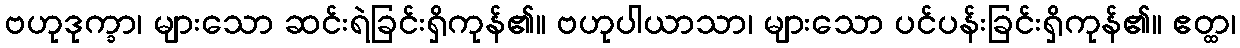
ဗဟုဒုက္ခာ၊ များသော ဆင်းရဲခြင်းရှိကုန်၏။ ဗဟုပါယာသာ၊ များသော ပင်ပန်းခြင်းရှိကုန်၏။ ဧတ္ထ၊